Report of the Indian Hemp Drugs Commission, 1894-1895 - Volume V
Year: 1894
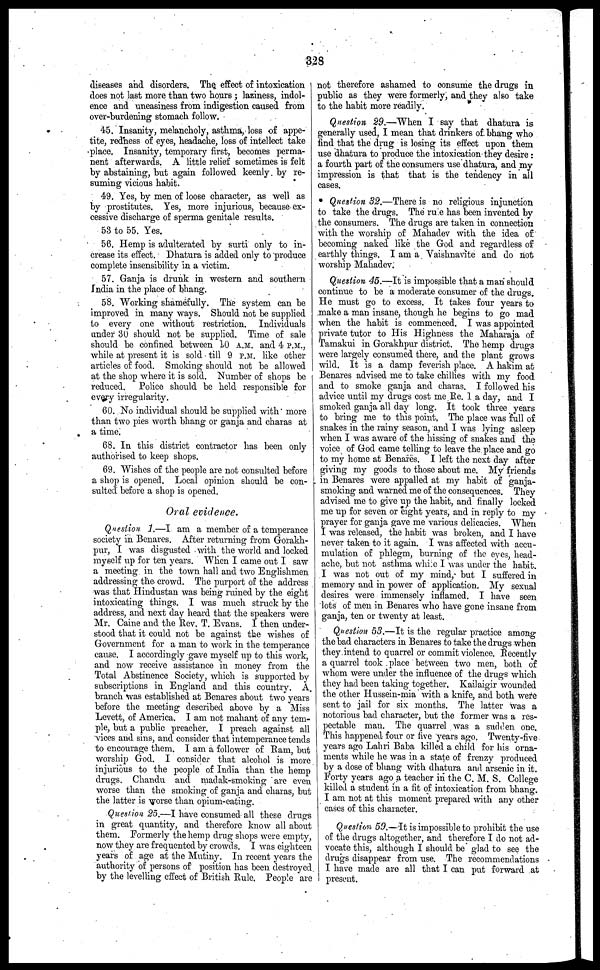
328
diseases and disorders. The effect of intoxication
does not last more than two hours; laziness, indol-
ence and uneasiness from indigestion caused from
over-burdening stomach follow.
45. Insanity, melancholy, asthma, loss of appe-
tite, redness of eyes, headache, loss of intellect take
place. Insanity, temporary first, becomes perma-
nent afterwards. A little relief sometimes is felt
by abstaining, but again followed keenly by re-
suming vicious habit.
49. Yes, by men of loose character, as well as
by prostitutes. Yes, more injurious, because ex-
cessive discharge of sperma genitale results.
53 to 55. Yes.
56. Hemp is adulterated by surti only to in-
crease its effect. Dhatura is added only to produce
complete insensibility in a victim.
57. Ganja is drunk in western and southern
India in the place of bhang.
58. Working shamefully. The system can be
improved in many ways. Should not be supplied
to every one without restriction. Individuals
under 30 should not be supplied. Time of sale
should be confined between 10 A.M. and 4 P.M.,
while at present it is sold till 9 P.M. like other
articles of food. Smoking should not be allowed
at the shop where it is sold. Number of shops be
reduced. Police should be held responsible for
every irregularity.
60. No individual should be supplied with more
than two pies worth bhang or ganja and charas at
a time.
68. In this district contractor has been only
authorised to keep shops.
69. Wishes of the people are not consulted before
a shop is opened. Local opinion should be con-
sulted before a shop is opened.
Oral evidence.
Question 1.—I am a member of a temperance
society in Benares. After returning from Gorakh-
pur, I was disgusted with the world and locked
myself up for ten years. When I came out I saw
a meeting in the town hall and two Englishmen
addressing the- crowd. The purport of the address
was that Hindustan was being ruined by the eight
intoxicating things. I was much struck by the
address, and next day heard that the speakers were
Mr. Came and the Rev. T. Evans. I then under-
stood that it could not be against the wishes of
Government for a man to work in the temperance
cause. I accordingly gave myself up to this work,
and now receive assistance in money from the
Total Abstinence Society, which is supported by
subscriptions in England and this country. A.
branch was established at Benares about two years
before the meeting described above by a Miss
Levett, of America. I am not mahant of any tem-
ple, but a public preacher. I preach against all
vices and sins, and consider that intemperance tends
to encourage them. I am a follower of Ram, but
worship God. I consider that alcohol is more
injurious to the people of India than the hemp
drugs. Chandu and madak-smoking are even
worse than the smoking of ganja and charas, but
the latter is worse than opium-eating.
Question 25.—I have consumed all these drugs
in great quantity, and therefore know all about
them. Formerly the hemp drug shops were empty,
now they are frequented by crowds. I was eighteen
years of age at the Mutiny. In recent years the
authority of persons of position has been destroyed
by the levelling effect of British Rule. People are
not therefore ashamed to consume the drugs in
public as they were formerly, and they also take
to the habit more readily.
Question 29.—When I say that dhatura is
generally used, I mean that drinkers of. bhang who
find that the drug is losing its effect upon them
use dhatura to produce the intoxication they desire:
a fourth part of the consumers use dhatura, and my
impression is that that is the tendency in all
cases.
Question 32.—There is no religious injunction
to take the drugs. The rule has been invented by
the consumers. The drugs are taken in connection
with the worship of Mahadev with the idea of
becoming naked like the God and regardless of
earthly things. I am a Vaishnavite and do not
worship Mahadev.
Question 45.—It is impossible that a man should
continue to be a moderate consumer of the drugs.
He must go to excess. It takes four years to
make a man insane, though he begins to go mad
when the habit is commenced. I was appointed
private tutor to His Highness the Maharaja of
Tamakui in Gorakhpur district. The hemp drugs
were largely consumed there, and the plant grows
wild. It is a damp feverish place. A hakim at
Benares advised me to take chillies with my food
and to smoke ganja and charas. I followed his
advice until my drugs cost me Re. 1 a day, and I
smoked ganja all day long. It took three years
to bring me to this point. The place was full of
snakes in the rainy season, and I was lying asleep
when I was aware of the hissing of snakes and the
voice of God came telling to leave the place and go
to my home at Benares. I left the next day after
giving my goods to those about me. My friends
in Benares were appalled at my habit of ganja-
smoking and warned me of the consequences. They
advised me to give up the habit, and finally locked
me up for seven or eight years, and in reply to my
prayer for ganja gave me various delicacies. When
I was released, the habit was broken, and I have
never taken to it again. I was affected with accu-
mulation of phlegm, burning of the eyes, head-
ache, but not asthma while I was under the habit.
I was not out of my mind, but I suffered in
memory and in power of application. My sexual
desires were immensely inflamed. I have seen
lots of men in Benares who have gone insane from
ganja, ten or twenty at least.
Question 53.—It is the regular practice among
the bad characters in Benares to take the drugs when
they intend to quarrel or commit violence. Recently
a quarrel took place between two men, both of
whom were under the influence of the drugs which
they had been taking together. Kailaigir wounded
the other Hussein-mia with a knife, and both were
sent to jail for six months. The latter was a
notorious bad character, but the former was a res-
pectable man. The quarrel was a sudden one.
This happened four or live years ago. Twenty-five
years ago Lahri Baba killed a child for his orna-
ments while he was in a state of frenzy produced
by a dose of bhang with dhatura and arsenic in it.
Forty years ago a teacher in the C. M. S. College
killed a student in a fit of intoxication from bhang.
I am not at this moment prepared with any other
cases of this character.
Question 59.—It is impossible to prohibit the use
of the drugs altogether, and therefore I do not ad-
vocate this, although I should be glad to see the
drugs disappear from use. The recommendations
I have made are all that I can put forward at
present.